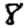
Digit: 8